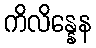
ကိလိန္နေန